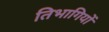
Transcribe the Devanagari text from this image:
तिभागियों